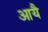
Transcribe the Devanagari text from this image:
आयै